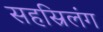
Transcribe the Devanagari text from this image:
सहस्रिलंग